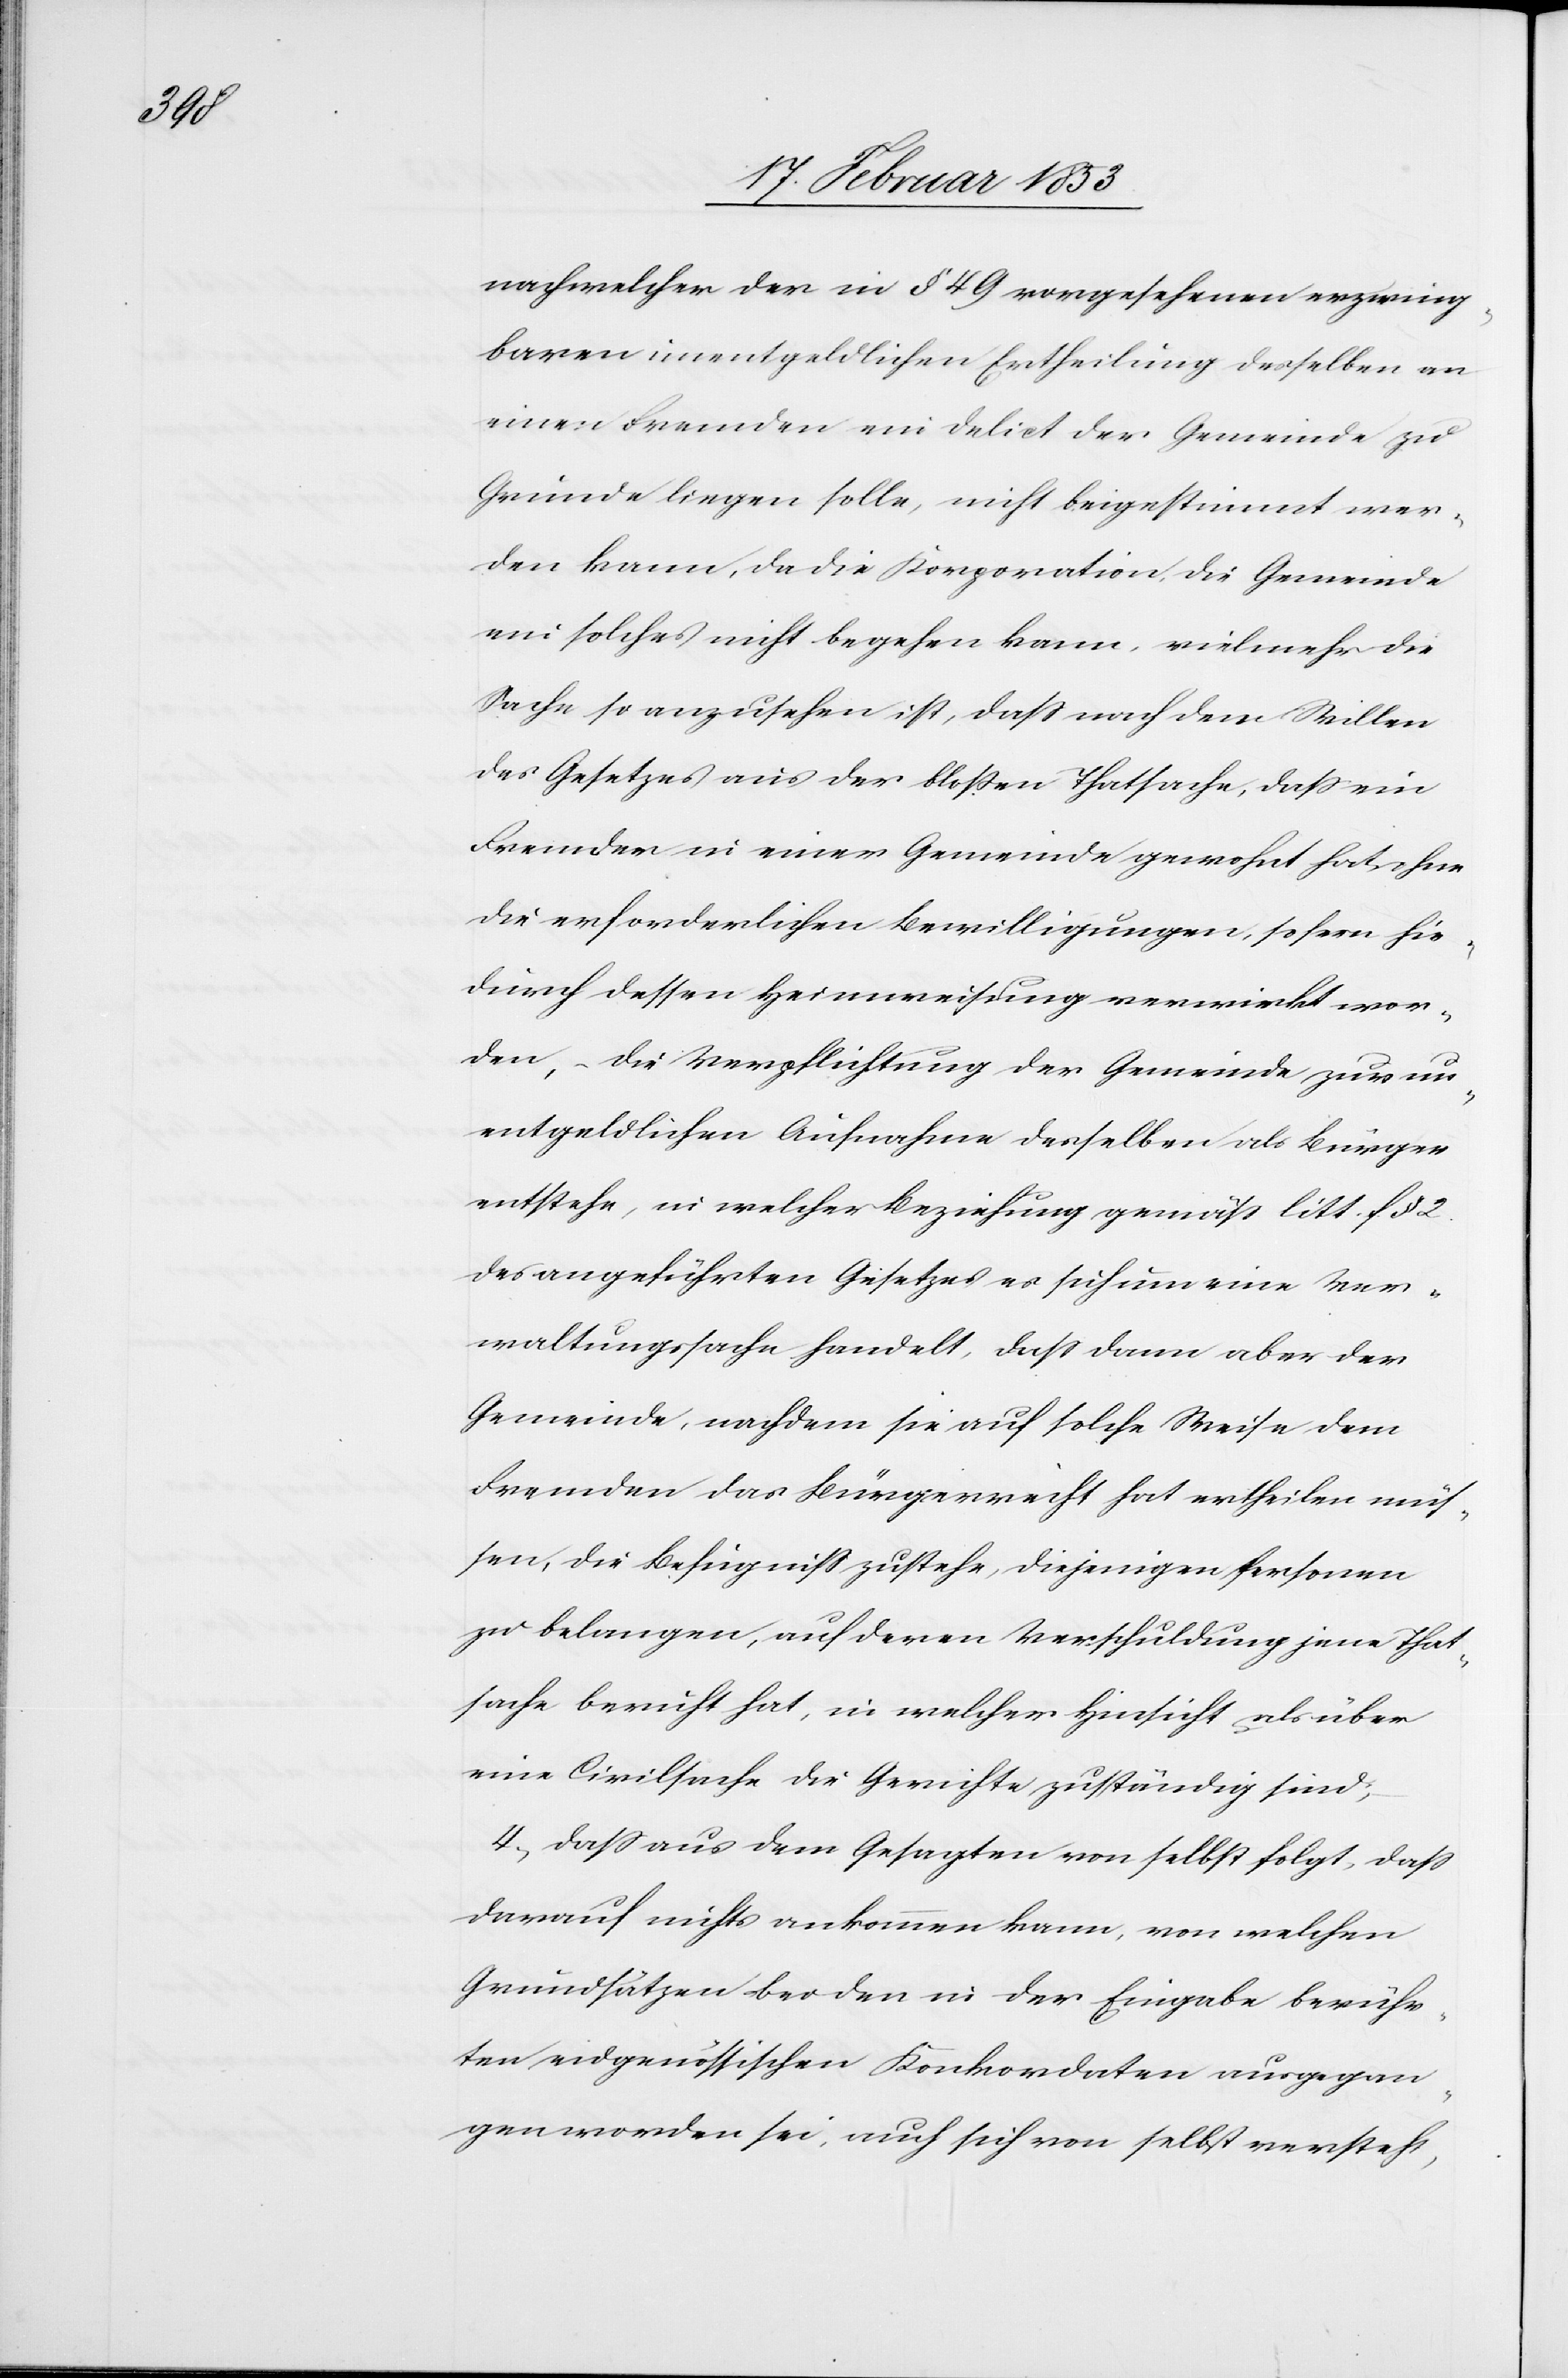
nach welcher der in § 49 vorgesehenen erzwing¬
baren unentgeldlichen Ertheilung derselben an
einen Fremden ein Delict der Gemeinde zu
Grunde liegen solle, nicht beigestimmt wer¬
den kann, da die Korporation, die Gemeinde
ein solches nicht begehen kann, vielmehr die
Sache so anzusehen ist, daß nach dem Willen
des Gesetzes aus der bloßen Thatsache, daß ein
Fremder in einer Gemeinde gewohnt hat, ohne
die erforderlichen Bewilligungen, so fern hie¬
durch dessen Heimweisung verwirkt wor¬
den, die Verpflichtung der Gemeinde zur un¬
entgeldlichen Aufnahme desselben als Bürger
entstehe, in welcher Beziehung gemäß litt. f.
des angeführten Gesetzes es sich um eine Ver¬
waltungssache handelt, daß dann aber der
Gemeinde, nachdem sie auf solche Weise dem
Fremden das Bürgerrecht hat ertheilen müs¬
sen, die Befugniß zustehe, diejenigen Personen
zu belangen, auf deren Verschuldungen jene That¬
sache beruht hat, in welcher Hinsicht als über
eine Civilsache die Gerichte zuständig sind;
4) daß aus dem Gesagten von selbst folgt, daß
darauf nichts ankommen kann, von welchen
Gemeindsätzen bei den in der Eingabe berühr¬
ten eidgenössischen Konkordaten ausgegan¬
gen worden sei, auch sich von selbst versteht,